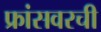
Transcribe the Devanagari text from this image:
फ्रांसवरची